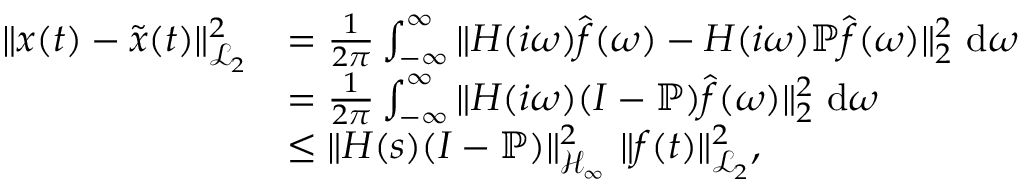
\begin{array} { r l } { \| \b { x } ( t ) - \tilde { \b { x } } ( t ) \| _ { \mathcal { L } _ { 2 } } ^ { 2 } } & { = \frac { 1 } { 2 \pi } \int _ { - \infty } ^ { \infty } \| \b { H } ( i \omega ) \hat { \b { f } } ( \omega ) - \b { H } ( i \omega ) \mathbb { P } \hat { \b { f } } ( \omega ) \| _ { 2 } ^ { 2 } ~ \mathrm { d } \omega } \\ & { = \frac { 1 } { 2 \pi } \int _ { - \infty } ^ { \infty } \| \b { H } ( i \omega ) ( \b { I } - \mathbb { P } ) \hat { \b { f } } ( \omega ) \| _ { 2 } ^ { 2 } ~ \mathrm { d } \omega } \\ & { \le \| \b { H } ( s ) ( \b { I } - \mathbb { P } ) \| _ { \mathcal { H } _ { \infty } } ^ { 2 } ~ \| \b { f } ( t ) \| _ { \mathcal { L } _ { 2 } } ^ { 2 } , } \end{array}